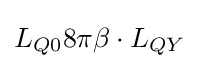
L_{Q0}8\pi \beta \cdot L_{QY}\